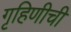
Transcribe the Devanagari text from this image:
गृहिणीची